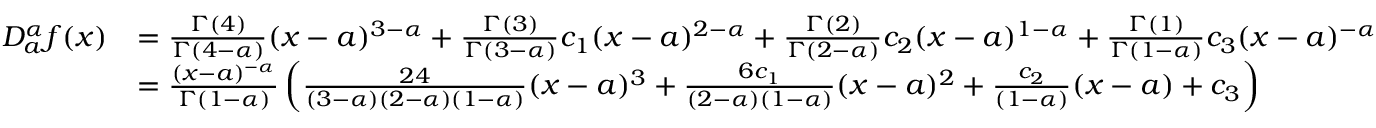
\begin{array} { r l } { D _ { a } ^ { \alpha } f ( x ) } & { = \frac { \Gamma ( 4 ) } { \Gamma ( 4 - \alpha ) } ( x - a ) ^ { 3 - \alpha } + \frac { \Gamma ( 3 ) } { \Gamma ( 3 - \alpha ) } c _ { 1 } ( x - a ) ^ { 2 - \alpha } + \frac { \Gamma ( 2 ) } { \Gamma ( 2 - \alpha ) } c _ { 2 } ( x - a ) ^ { 1 - \alpha } + \frac { \Gamma ( 1 ) } { \Gamma ( 1 - \alpha ) } c _ { 3 } ( x - a ) ^ { - \alpha } } \\ & { = \frac { ( x - a ) ^ { - \alpha } } { \Gamma ( 1 - \alpha ) } \left( \frac { 2 4 } { ( 3 - \alpha ) ( 2 - \alpha ) ( 1 - \alpha ) } ( x - a ) ^ { 3 } + \frac { 6 c _ { 1 } } { ( 2 - \alpha ) ( 1 - \alpha ) } ( x - a ) ^ { 2 } + \frac { c _ { 2 } } { ( 1 - \alpha ) } ( x - a ) + c _ { 3 } \right) } \end{array}